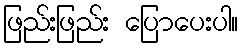
ဖြည်းဖြည်း ပြောပေးပါ။